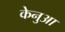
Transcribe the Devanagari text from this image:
केनुआ